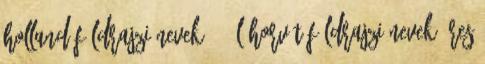
holland földrajzi nevek‎ 452 L horvát földrajzi nevek‎ üres